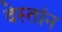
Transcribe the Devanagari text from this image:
देस्तांन